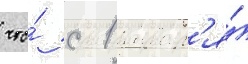
что́ с 1 январ'я́